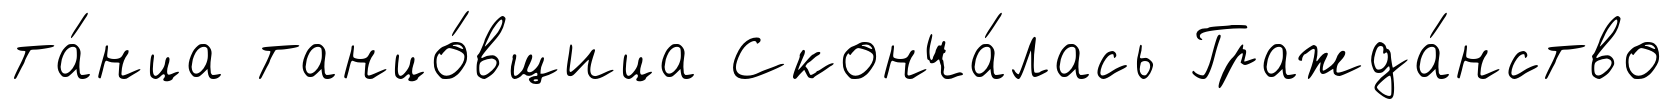
та́нца танцо́вщица Сконча́лась Гражда́нство